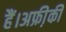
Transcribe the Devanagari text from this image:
हैं।अफ्री़की